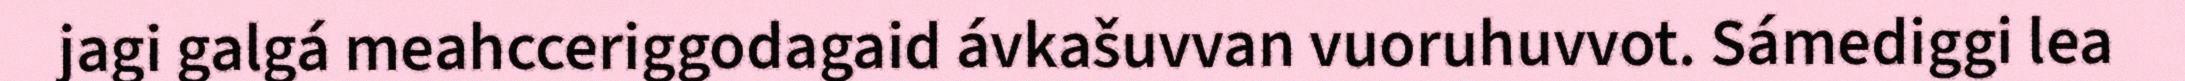
jagi galgá meahcceriggodagaid ávkašuvvan vuoruhuvvot. Sámediggi lea